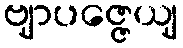
ဗျာပဇ္ဇေယျ